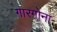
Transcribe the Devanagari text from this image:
गारगोना